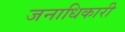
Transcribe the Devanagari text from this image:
जनाधिकारी